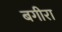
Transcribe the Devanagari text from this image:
बगीरा